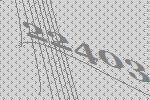
22403